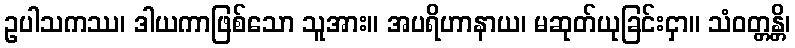
ဥပါသကဿ၊ ဒါယကာဖြစ်သော သူအား။ အပရိဟာနာယ၊ မဆုတ်ယုခြင်းငှာ။ သံဝတ္တန္တိ၊